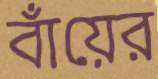
বাঁয়ের